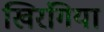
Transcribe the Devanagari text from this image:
खिरंगिया